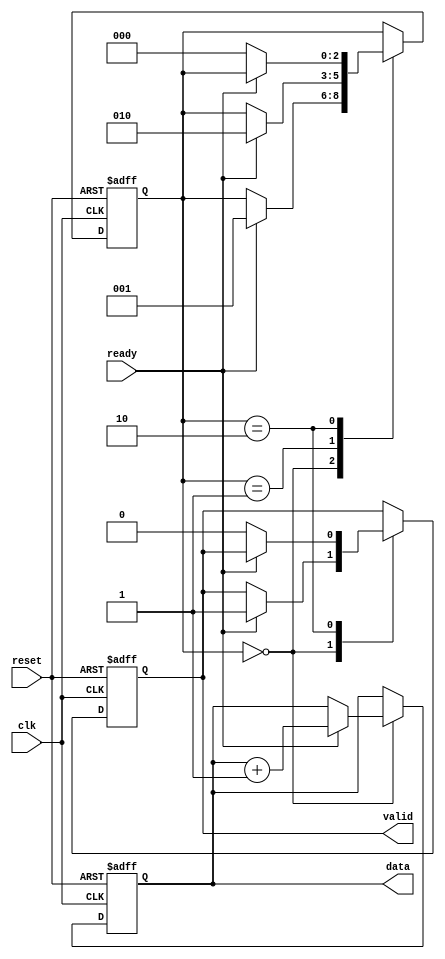
module producer (
    input wire clk,
    input wire reset,
    output reg valid,
    output reg [7:0] data, // 8-bit data bus
    input wire ready
);

    // State variable to control data production
    reg [2:0] state;

    localparam IDLE = 3'b000,
               SEND = 3'b001,
               WAIT_ACK = 3'b010;

    always @(posedge clk or posedge reset) begin
        if (reset) begin
            valid <= 1'b0;
            data <= 8'b0;
            state <= IDLE;
        end else begin
            case (state)
                IDLE: begin
                    if (ready) begin
                        data <= data + 1; // Produce new data
                        valid <= 1'b1; // Assert valid
                        state <= SEND;
                    end
                end

                SEND: begin
                    if (ready) begin
                        // Data is sent, wait for acknowledgment
                        state <= WAIT_ACK;
                    end
                end

                WAIT_ACK: begin
                    if (!ready) begin
                        valid <= 1'b0; // Deassert valid
                        state <= IDLE; // Go back to idle
                    end
                end
            endcase
        end
    end
endmodule